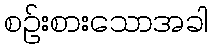
စဉ်းစားသောအခါ